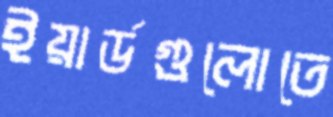
ইয়ার্ডগুলোতে